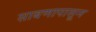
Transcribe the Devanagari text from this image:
साबणापासून